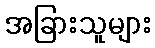
အခြားသူများ